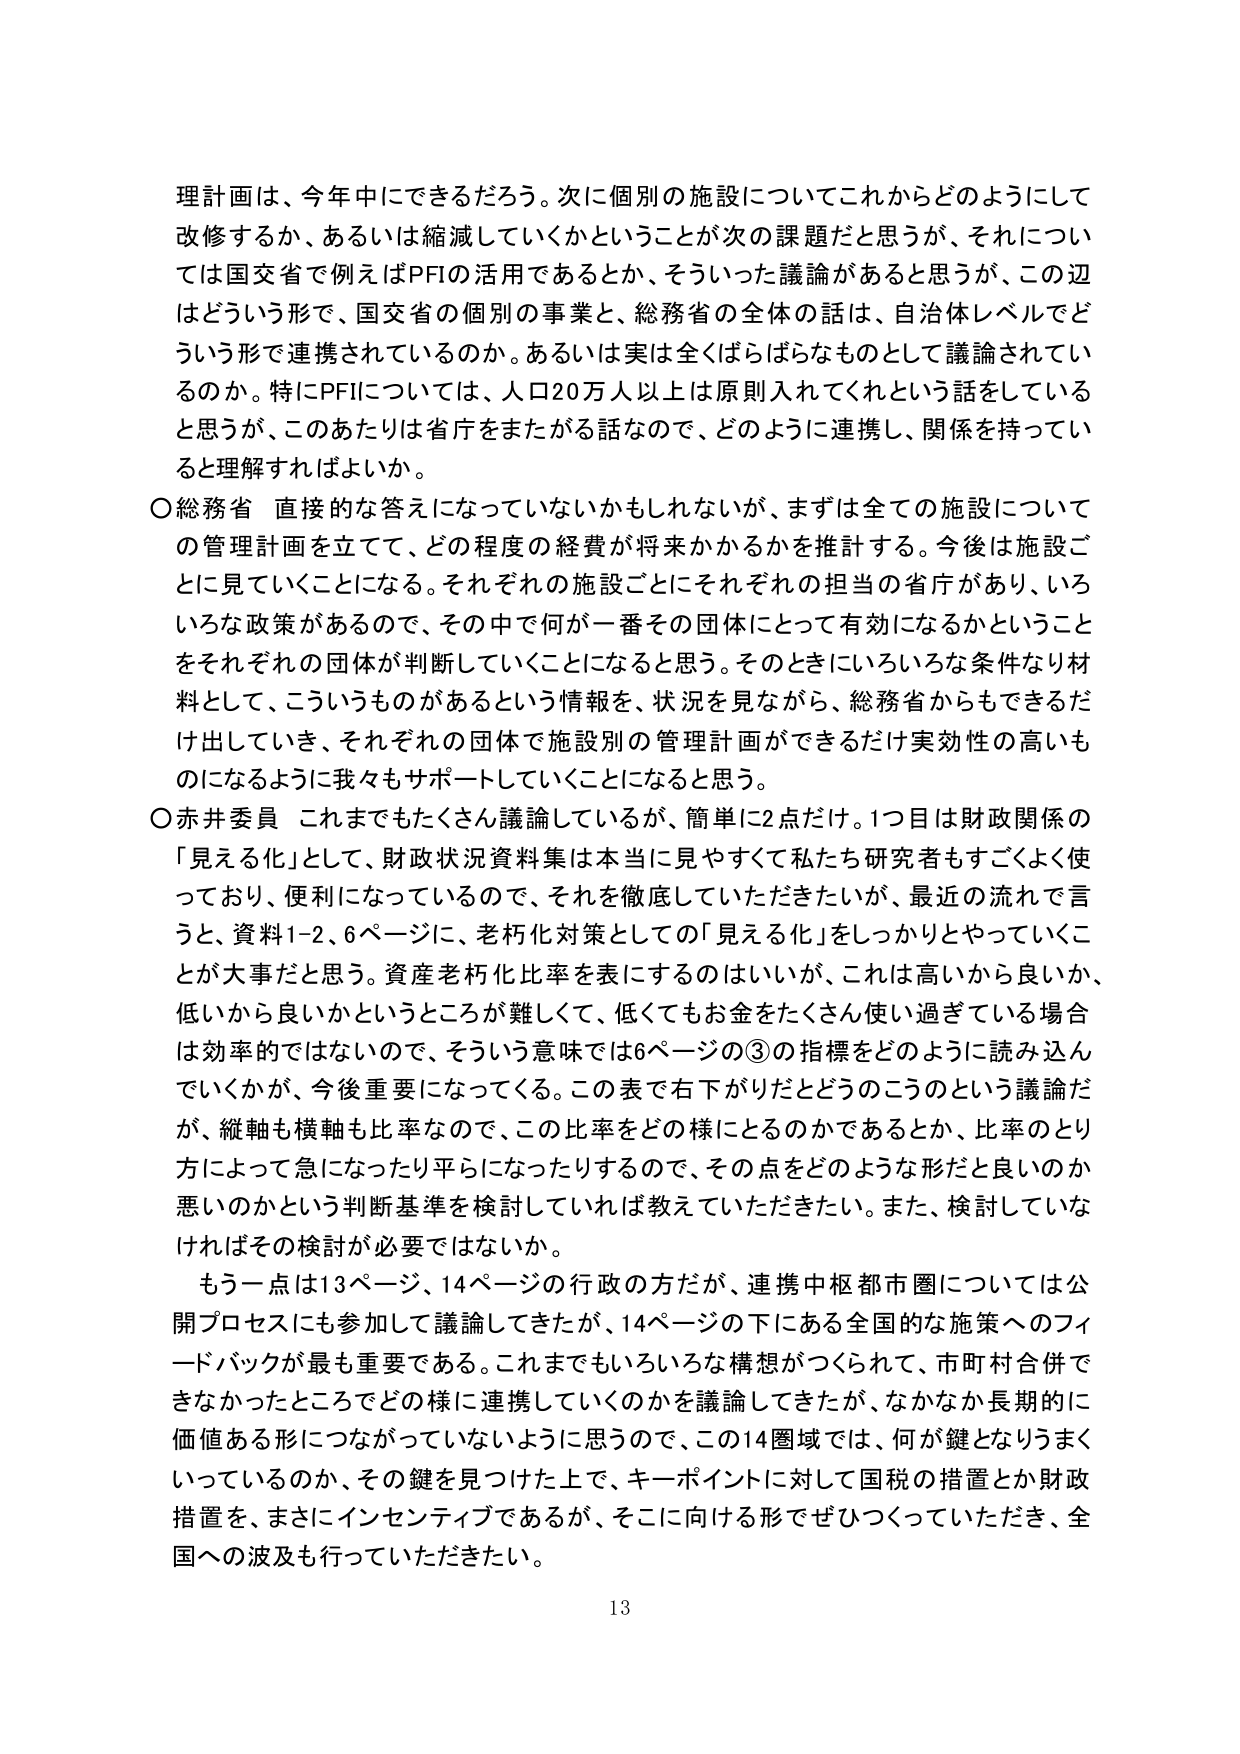
理計画は、今年中にできるだろう。次に個別の施設についてこれからどのようにして
改修するか、あるいは縮減していくかということが次の課題だと思うが、それについ
ては国交省で例えばPFIの活用であるとか、そういった議論があると思うが、この辺
はどういう形で、国交省の個別の事業と、総務省の全体の話は、自治体レベルでど
ういう形で連携されているのか。あるいは実は全くばらばらなものとして議論されてい
るのか。特にPFIについては、人口20万人以上は原則入れてくれという話をしてい
ると思うが、このあたりは省庁をまたがる話なので、どのように連携し、関係を持ってい
ると理解すればよいか。

〇総務省　直接的な答えになっていないかもしれないが、まずは全ての施設について
の管理計画を立てて、どの程度の経費が将来かかるかを推計する。今後は施設ご
とに見ていくことになる。それぞれの施設ごとにそれぞれの担当の省庁があり、いろ
いろな政策があるので、その中で何が一番その団体にとって有効になるかということ
をそれぞれの団体が判断していくことになると思う。そのときにいろいろな条件なり材
料として、こういうものがあるという情報を、状況を見ながら、総務省からもできるだ
け出していき、それぞれの団体で施設別の管理計画ができるだけ実効性の高いも
のになるように我々もサポートしていくことになると思う。

〇赤井委員　これまでたくさん議論しているが、簡単に2点だけ。1つ目は財政関係の
「見える化」として、財政状況資料集は本当に見やすくて私たち研究者もすごくよく使
っており、便利になっているので、それを徹底していただきたいが、最近の流れで言
うと、資料1-2、6ページに、老朽化対策としての「見える化」をしっかりとやっていくこ
とが大事だと思う。資産老朽化比率を表にするのはいいが、これは高いから良いか、
低いから良いかというところが難しくて、低くてもお金をたくさん使い過ぎている場合
は効率的ではないので、そういう意味では6ページの③の指標をどのように読み込ん
でいくかが、今後重要になってくる。この表で右下がりだとどうのこうのという議論だ
が、縦軸も横軸も比率なので、この比率をどの様にするのかであるとか、比率のとり
方によって急になったり平らになったりするので、その点をどのような形だと良いのか
悪いのかという判断基準を検討していれば教えていただきたい。また、検討していな
ければその検討が必要ではないか。

　もう一点は13ページ、14ページの行政の方だが、連携中枢都市圏については公
開プロセスにも参加して議論してきたが、14ページの下にある全国的な施策へのフィ
ードバックが最も重要である。これまでもいろいろな構想がつくられて、市町村合併で
きなかったところでどの様に連携していくのかを議論してきたが、なかなか長期的に
価値ある形につながっていないように思うので、この14圏域では、何が鍵となりまく
いっているのか、その鍵を見つけた上で、キーポイントに対して国税の措置とか財政
措置を、まさにインセンティブであるが、そこに向ける形でぜひつくっていただき、全
国への波及も行っていただきたい。

13